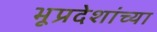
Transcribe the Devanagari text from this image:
भूप्रदेशांच्या